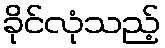
ခိုင်လုံသည့်